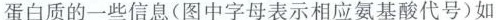
蛋白质的一些信息（图中字母表示相应氨基酸代号）如